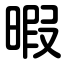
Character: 暇